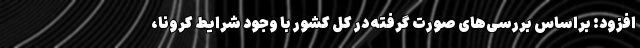
افزود: براساس بررسی‌های صورت گرفته در کل کشور با وجود شرایط کرونا،